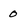
Character: 0